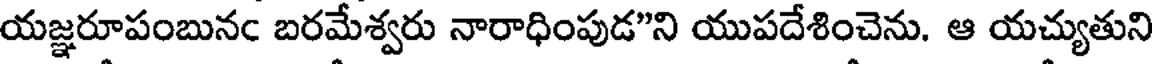
యజ్ఞరూపంబునఁ బరమేశ్వరు నారాధింపుడ"ని యుపదేశించెను. ఆ యచ్యుతుని